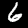
Label: 6